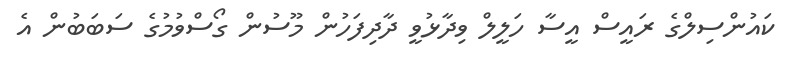
ކައުންސިލްގެ ރައީސް އީސާ ހަލީލް ވިދާޅުވީ ދާދިފަހުން މޫސުން ގޯސްވުމުގެ ސަބަބުން އެ